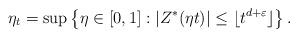
LaTeX: \begin{align*} \eta_t=\sup\left\{\eta \in [0,1]:|Z^*(\eta t)|\leq \lfloor t^{d+\varepsilon} \rfloor \right\}.\end{align*}